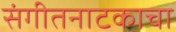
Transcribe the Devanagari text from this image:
संगीतनाटकाचा